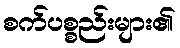
စက်ပစ္စည်းများ၏